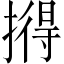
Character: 𪮦